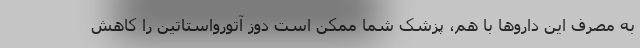
به مصرف این داروها با هم، پزشک شما ممکن است دوز آتورواستاتین را کاهش